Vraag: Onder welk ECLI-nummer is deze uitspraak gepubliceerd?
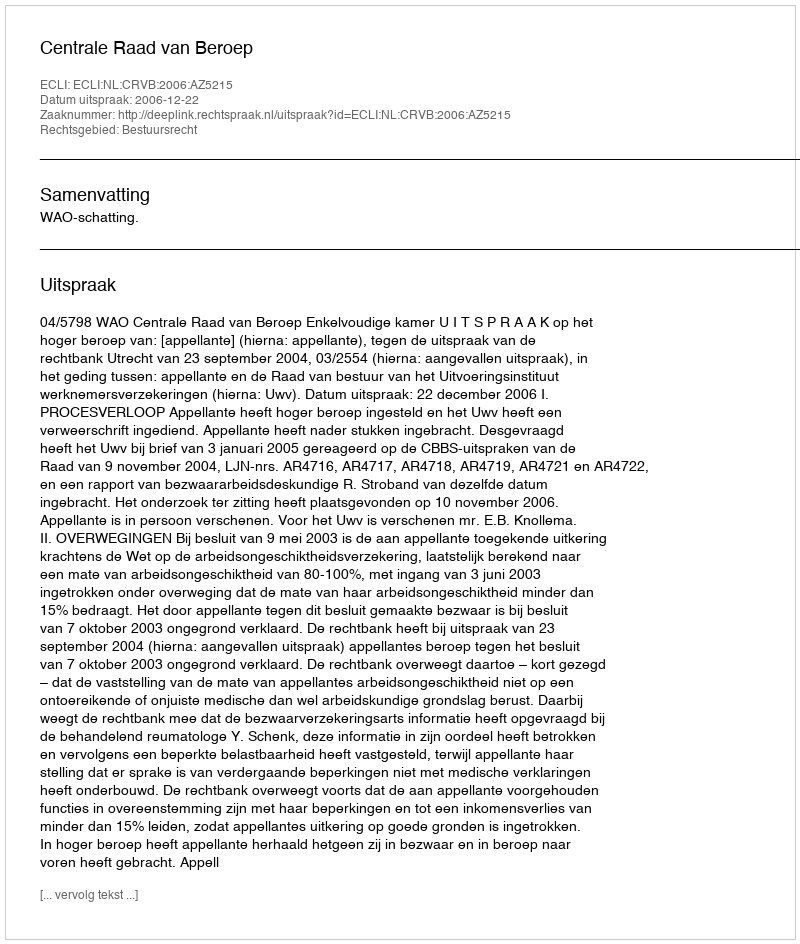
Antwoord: ECLI:NL:CRVB:2006:AZ5215